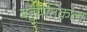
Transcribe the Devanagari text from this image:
बहुपतिकत्व